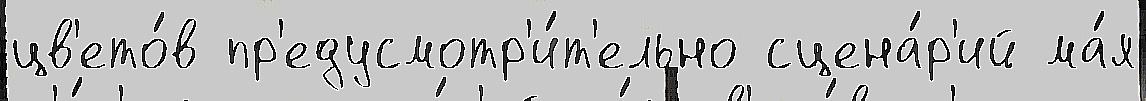
цв'ето́в пр'едусмотр'и́т'ельно сцена́р'ий ма́я